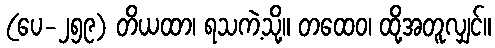
(ပေ-၂၅၉) တိယထာ၊ ရသကဲ့သို့။ တထေဝ၊ ထို့အတူလျှင်။